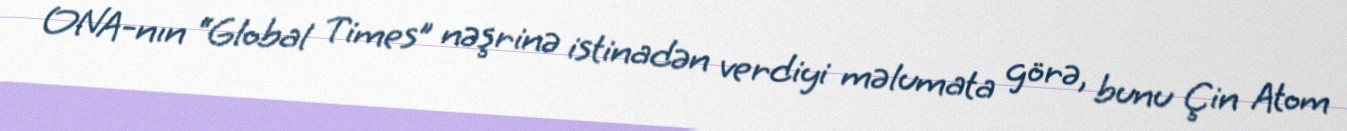
ONA-nın “Global Times” nəşrinə istinadən verdiyi məlumata görə, bunu Çin Atom